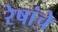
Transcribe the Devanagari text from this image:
रेषांचे